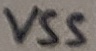
Text: VSS